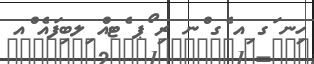
ހިނ ަގ ިއ ެގ ްނ ރި ޯޕ ެޓއް ިލބިފައެ ްއ